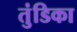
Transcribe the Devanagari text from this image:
तुंडिका